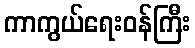
ကာကွယ်ရေးဝန်ကြီး